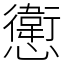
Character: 㦣